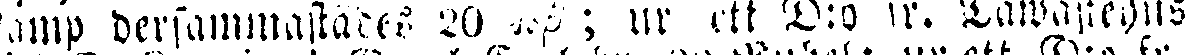
kamp dersammastädes 20 ksp ; nr ett D:o fr. Tawastehus